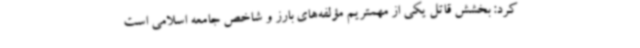
کرد: بخشش قاتل یکی از مهمتریم مؤلفه‌های بارز و شاخص جامعه اسلامی است